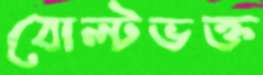
বোল্টভক্ত